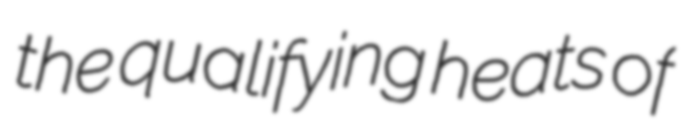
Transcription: the qualifying heats of